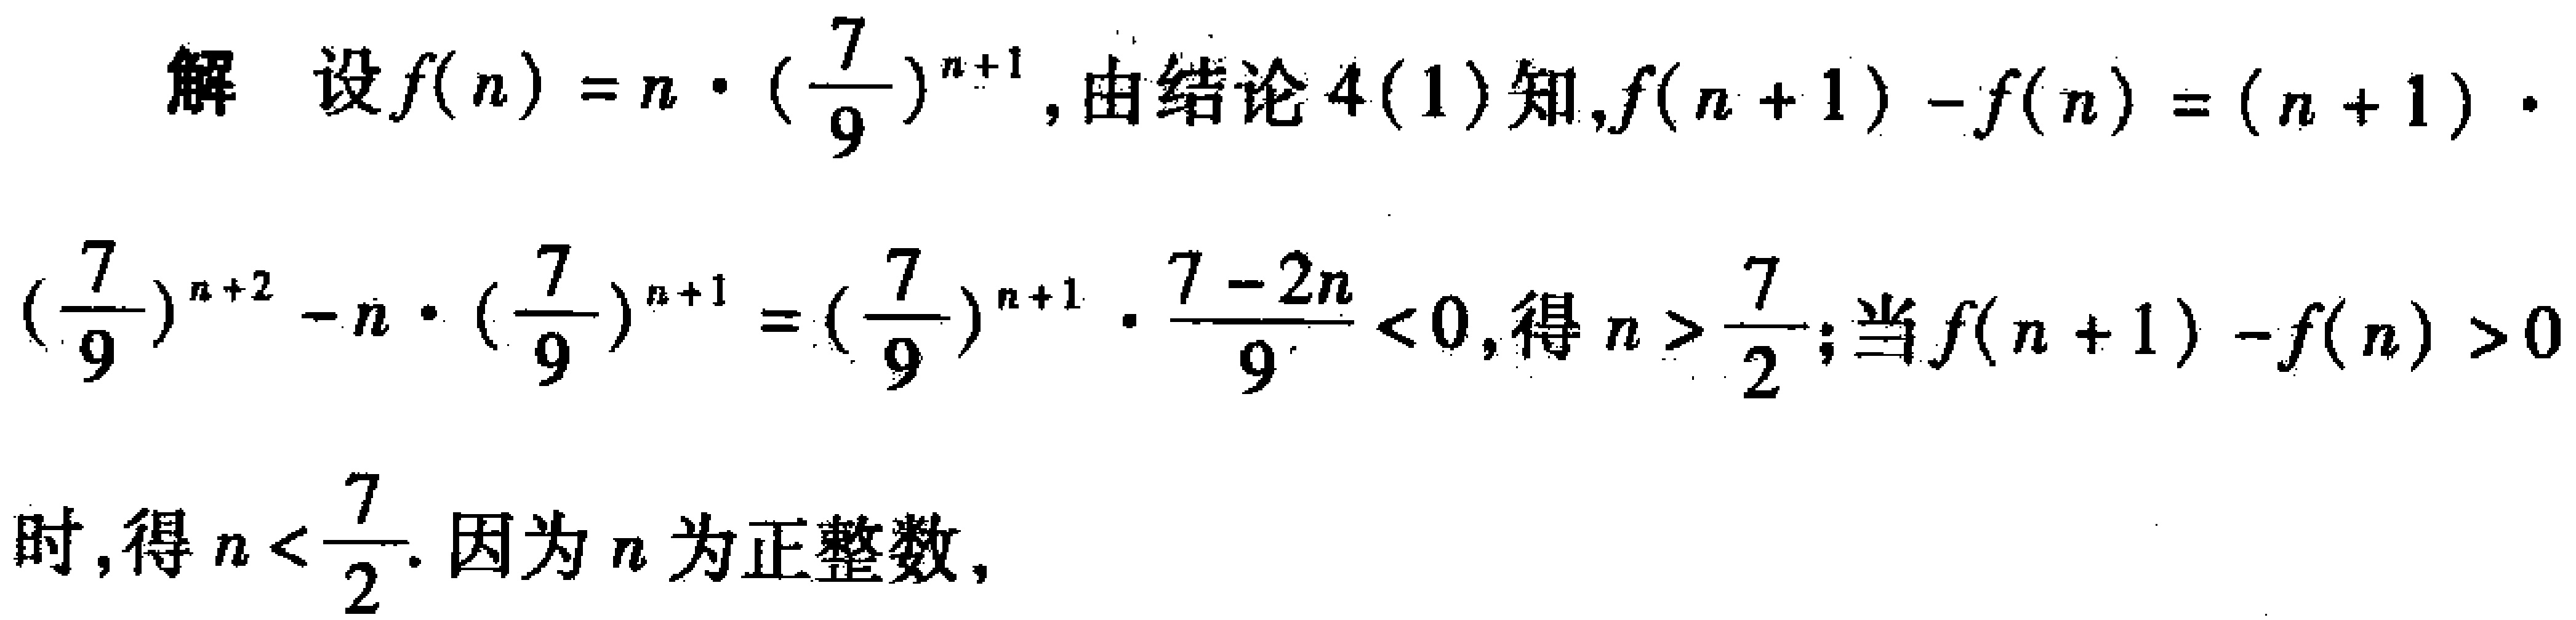
解 设\(f(n)=n\cdot(\frac{7}{9})^{n + 1}\), 由结论4(1)知,\(f(n + 1)-f(n)=(n + 1)\cdot\)
\((\frac{7}{9})^{n + 2}-n\cdot(\frac{7}{9})^{n + 1}=(\frac{7}{9})^{n + 1}\cdot\frac{7 - 2n}{9}<0\), 得\(n>\frac{7}{2}\); 当\(f(n + 1)-f(n)>0\)
时, 得\(n<\frac{7}{2}\). 因为\(n\)为正整数,